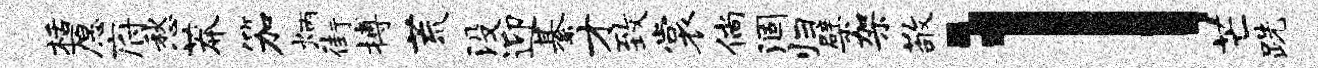
栝愿府愁莽笳炳街搏荒没迎綦才致裳倘涸归檗架敬l芒跣